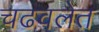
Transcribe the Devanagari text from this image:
चढवलेत